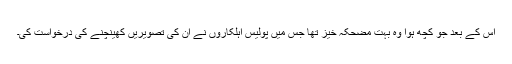
اس کے بعد جو کچھ ہوا وہ بہت مضحکہ خیز تھا جس میں پولیس اہلکاروں نے ان کی تصویریں کھینچنے کی درخواست کی۔